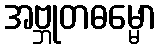
အဗ္ဘုတဓမ္မော